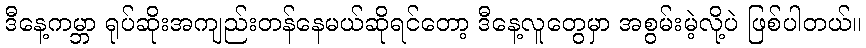
ဒီနေ့ကမ္ဘာ ရုပ်ဆိုးအကျည်းတန်နေမယ်ဆိုရင်တော့ ဒီနေ့လူတွေမှာ အစွမ်းမဲ့လို့ပဲ ဖြစ်ပါတယ်။